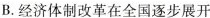
B.经济体制改革在全国逐步展开